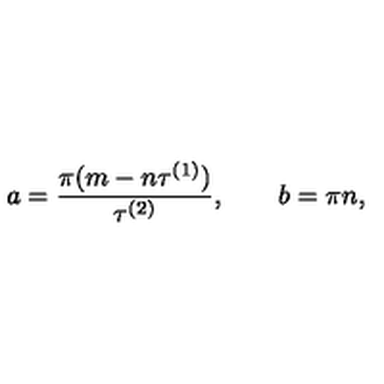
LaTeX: a = { \frac { \pi ( { m - n } \tau ^ { ( 1 ) } ) } { \tau ^ { ( 2 ) } } } , \qquad b = \pi { n } ,